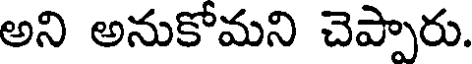
అని అనుకోమని చెప్పారు.